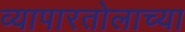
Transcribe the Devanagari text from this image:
व्यापारतोलाच्या